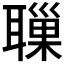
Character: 𦗔